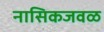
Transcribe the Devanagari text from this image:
नासिकजवळ